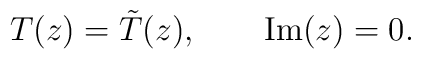
T(z) = \tilde T(z), \qquad {\rm Im}(z)=0.